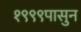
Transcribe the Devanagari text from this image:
१९९९पासुन